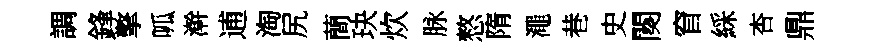
調鋒擎呱澣逋淘尻蕳玦炊脉憗隋澠巷史闋窅綵杏鼎